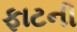
ફાટની